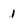
Character: 1